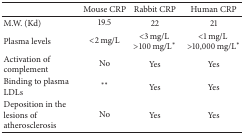
|  | Mouse CRP | Rabbit CRP | Human CRP |
 | --- | --- | --- | --- |
 | M.W. (Kd) | 19.5 | 22 | 21 |
 | Plasma levels | <2 mg/L | <3 mg/L >100 mg/L* | <1 mg/L >10,000 mg/L* |
 | Activation of complement | No | Yes | Yes |
 | Binding to plasma LDLs | ** | Yes | Yes |
 | Deposition in the lesions of atherosclerosis | No | Yes | Yes |